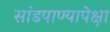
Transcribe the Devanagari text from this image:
सांडपाण्यापेक्षा